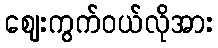
ဈေးကွက်ဝယ်လိုအား